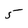
Character: 5